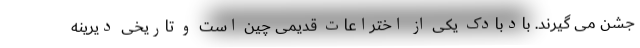
جشن می گیرند. بادبادک یکی از اختراعات قدیمی چین است و تاریخی دیرینه